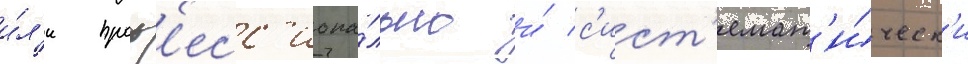
и́л'и проф'есс'иона́льно и́ с'ист'емат'и́ческ'и